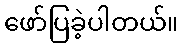
ဖော်ပြခဲ့ပါတယ်။